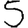
Digit: 5